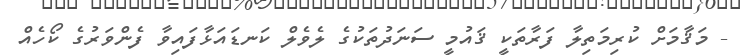
- މަޤާމަށް ކުރިމަތިލާ ފަރާތަކީ ޤައުމީ ސަނަދުތަކުގެ ލެވެލް ކަނޑައަޅާފައިވާ ފެންވަރުގެ ކޯހެއް